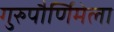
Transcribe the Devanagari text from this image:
गुरुपौर्णिमेला